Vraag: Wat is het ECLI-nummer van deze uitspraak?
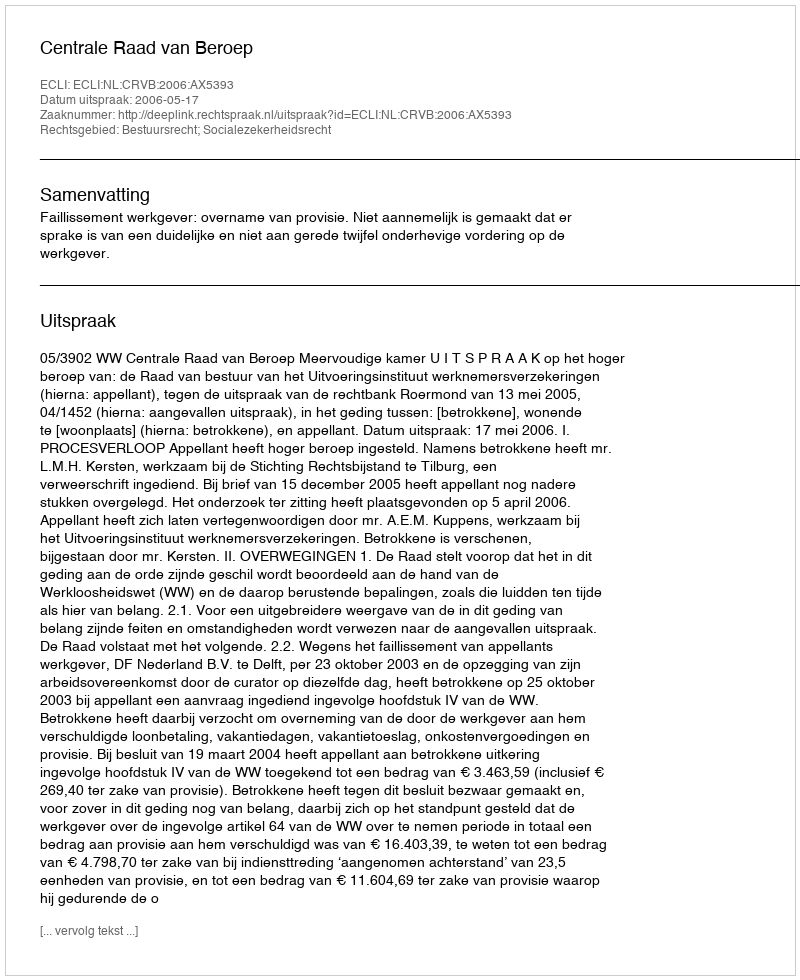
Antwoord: ECLI:NL:CRVB:2006:AX5393